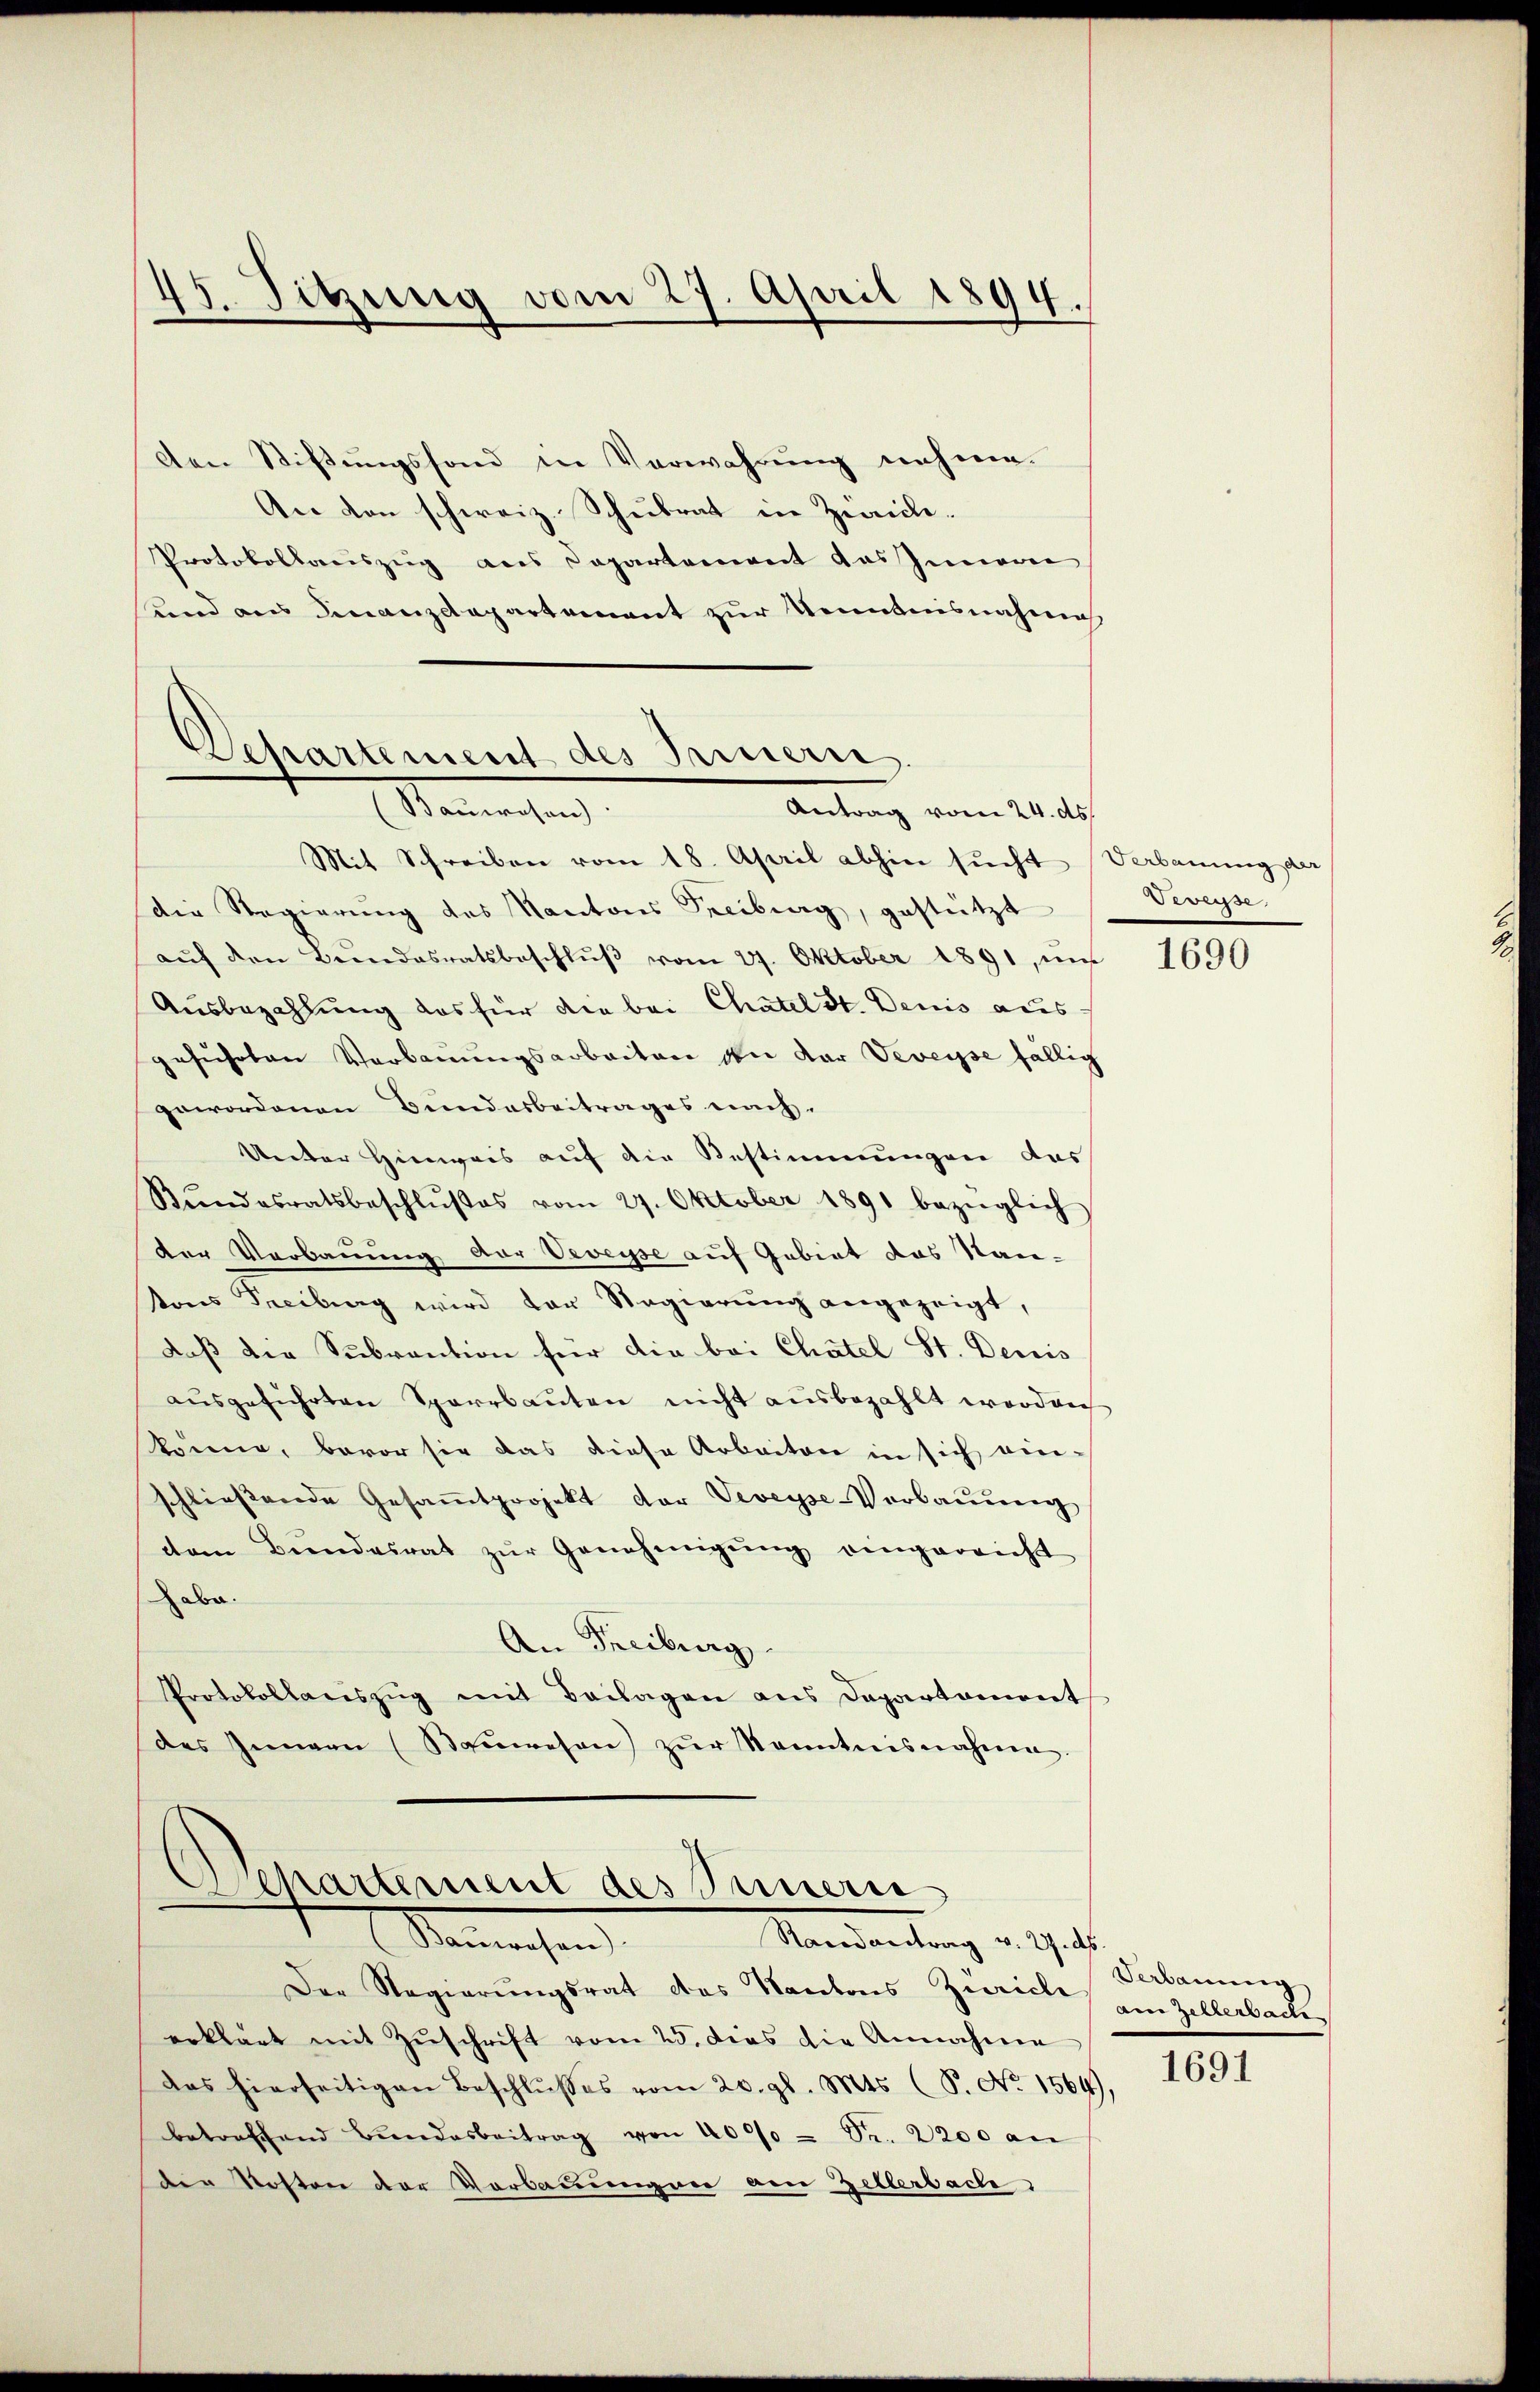
45. Sitzung vom 27. April 1894.

den Stiftungsfond in Verwahrung nehme.
An den schweiz. Schulrat in Zwick¬
Protokollauszug aus Departement das Innern
und aus Finanzdepartement zur Kenntnisnahmes
Mit Schreiben vom 18. April abhin sucht Verbauung der
die Regierŭng des Kantons Freiburg, gestützt
aŭf den Bŭndesratsbeschlŭβ vom 27. Oktober 1891, mi
Ausbezahlung das für die bei Chatel St. Denis aus
geführten Verbauungsarbeiten den der Veveysse fällig
gewordenen Bundesbeitrages nach.
Unter Hinweis auf die Bestimmungen das
Bŭndesratsbeschlŭβes vom 27. Oktober 1891 bezüglich
der Verbauung der Veveyse auf Gebiet das Nan-
tons Freiburg wird der Regierung angezeigt,
daß die Subvention für die bei Chätel St. Denis
aŭsgeführten Sparrbauten nicht ausbezahlt worden
könne, bevor sie das diese Arbeiten in sich vie-
schließende Gesaṁtprojekt der Veveyse-Verbauung
dem Bundesrat zŭr Genehmigŭng eingereicht
Dr.
An Freiburg
Protokollanszŭg mit Beilagen aus Departament
des Innern (Bauwesen) zŭr Kenntnisnahme

Departement des Innern,
Stammenhang
Antrag vom 24. ds.

Departement des Innern
Manrechen
Mandantung v. Gest

Der Regierŭngsrat das Kantons Zürich
erklärt mit Zuschrift vom 25. dies die Annahme
das hierseitigen Beschlŭβes vom 20. gl. Mts. (S. No. 1564),
betreffend Bundesbeitrag von 4000 Fr. 2200 an
der Kosten der Verbauungen am Zellerbache

Devesse,

1690

Verbauung
ain Gelzerbache

1691